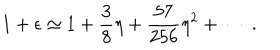
1 + \epsilon \simeq 1 + \frac { 3 } { 8 } \eta + \frac { 5 7 } { 2 5 6 } \eta ^ { 2 } + \cdots \; .